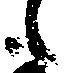
も